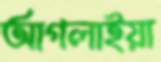
আগলাইয়া